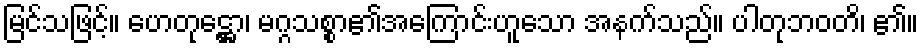
မြင်သဖြင့်။ ဟေတုဋ္ဌော၊ မဂ္ဂသစ္စာ၏အကြောင်းဟူသော အနက်သည်။ ပါတုဘဝတိ၊ ၏။